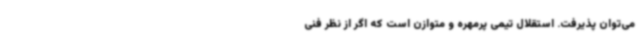
می‌توان پذیرفت. استقلال تیمی پرمهره و متوازن است که اگر از نظر فنی